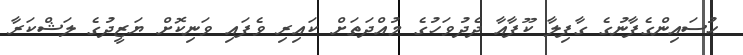
ޙުސައިންގެފާނުގެ ގާފިލާ ކޫފާއާ ދެދުވަހުގެ މުއްދަތަށް ކައިރި ވެފައި ވަނިކޮށް ޔަޒީދުގެ ލަޝްކަރާ